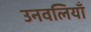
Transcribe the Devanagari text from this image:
उनवलियाँ